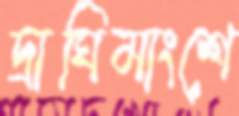
দ্রাঘিমাংশে